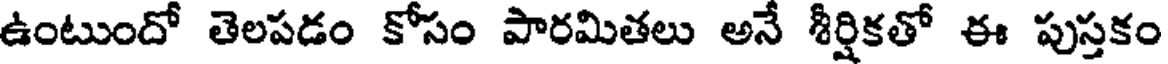
ఉంటుందో తెలపడం కోసం పారమితలు అనే శీర్షికతో ఈ పుస్తకం